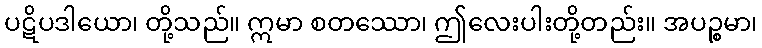
ပဋိပဒါယော၊ တို့သည်။ ဣမာ စတဿော၊ ဤလေးပါးတို့တည်း။ အပဉ္စမာ၊